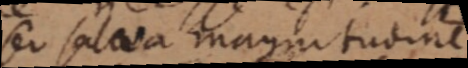
ser salva magnitudine